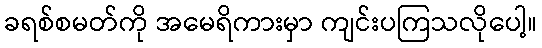
ခရစ်စမတ်ကို အမေရိကားမှာ ကျင်းပကြသလိုပေါ့။